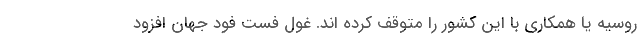
روسیه یا همکاری با این کشور را متوقف کرده اند. غول فست فود جهان افزود